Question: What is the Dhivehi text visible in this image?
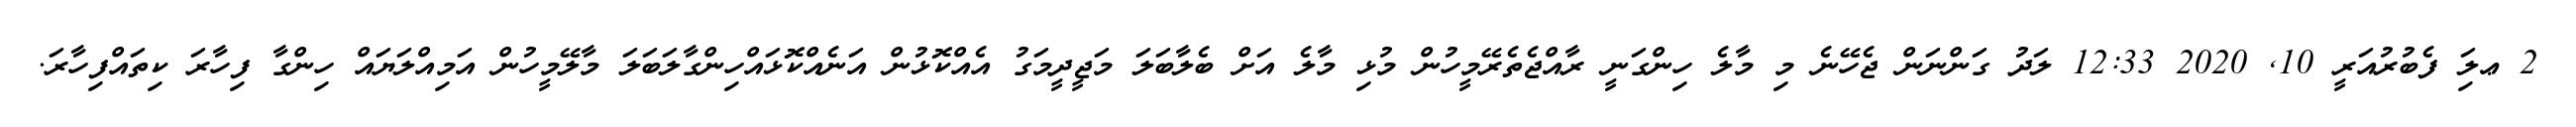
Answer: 2 ޢލަި ފެބުރުއަރީ 10, 2020 12:33 ލަދު ގަންނަން ޖެހޭނެ މި މާލެ ހިންގަނީ ރާއްޖެތެރޭމީހުން މުޅި މާލެ އަށް ބެލާބަލަ މަޖީދީމަގު އެއްކޮޅުން އަނެއްކޮޅައްހިންގާލަބަލަ މާލޭމީހުން އަމިއްލަޔައް ހިންގާ ފިހާރަ ކިތައްފިހާރަ.